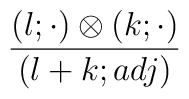
{\frac{(l;\cdot)\otimes(k;\cdot)}{(l+k;adj)} }